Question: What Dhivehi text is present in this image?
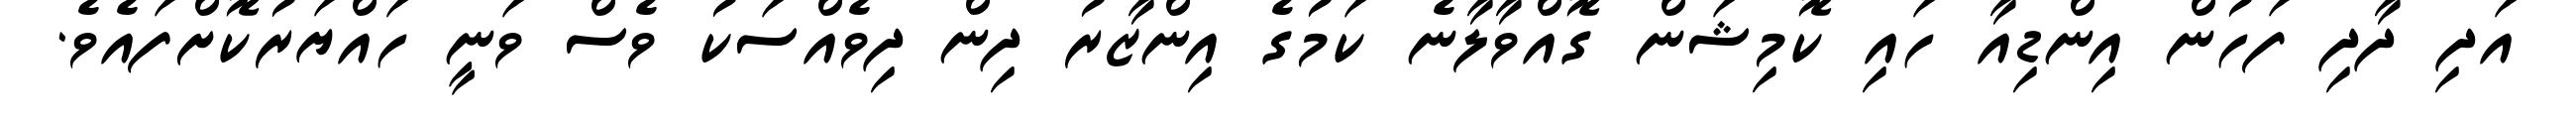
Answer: އަދި ދާދި ފަހުން އިންޑިއާ ހައި ކޮމިޝަން ގޮއްވާލާނެ ކަމުގެ އިންޒާރު ދިން ދިވެއްސަކު ވެސް ވަނީ ހައްޔަރުކޮށްފައެވެ.